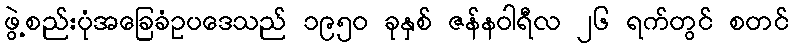
ဖွဲ့စည်းပုံအခြေခံဥပဒေသည် ၁၉၅၀ ခုနှစ် ဇန်နဝါရီလ ၂၆ ရက်တွင် စတင်